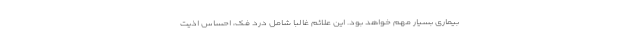
بیماری بسیار مهم خواهد بود. این علائم غالبا شامل درد فک، احساس اذیت